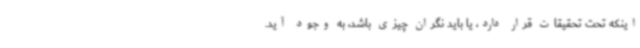
اینکه تحت تحقیقات قرار دارد، یا باید نگران چیزی باشد، به وجود آید.